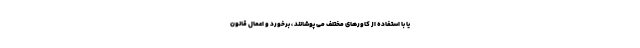
یا با استفاده از کاورهای مختلف می پوشانند ، برخورد و اعمال قانون